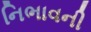
નિભાવની